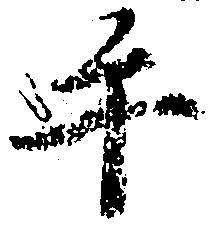
手